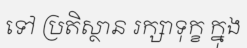
ទៅ ប្រតិស្ថាន រក្សាទុក្ខ ក្នុង